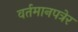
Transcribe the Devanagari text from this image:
वर्तमानपत्रेर